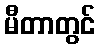
မီတာတွင်